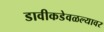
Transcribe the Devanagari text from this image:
डावीकडेवळल्यावर